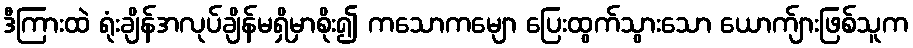
ဒီကြားထဲ ရုံးချိန်အလုပ်ချိန်မရှိမှာစိုး၍ ကသောကမျော ပြေးထွက်သွားသော ယောက်ျားဖြစ်သူက